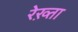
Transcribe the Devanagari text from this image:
रेख़्ता